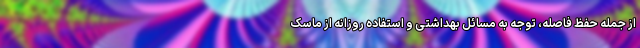
از جمله حفظ فاصله، توجه به مسائل بهداشتی و استفاده روزانه از ماسک